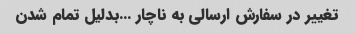
تغییر در سفارش ارسالی به ناچار …بدلیل تمام شدن